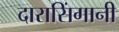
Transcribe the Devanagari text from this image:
दारासिंगानी